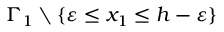
\Gamma _ { 1 } \setminus \{ \varepsilon \leq x _ { 1 } \leq h - \varepsilon \}